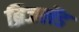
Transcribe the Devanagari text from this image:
ब्रिजलेंड